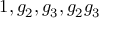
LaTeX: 1 , g _ { 2 } , g _ { 3 } , g _ { 2 } g _ { 3 }